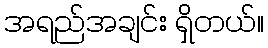
အရည်အချင်း ရှိတယ်။